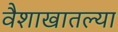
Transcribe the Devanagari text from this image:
वैशाखातल्या